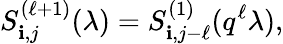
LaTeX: S_{\mathbf{i},j}^{(\ell+1)}(\lambda)=S_{\mathbf{i},j-\ell}^{(1)}(q^{\ell}\lambda),